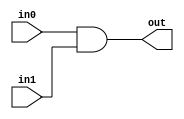
module AND(out,in0,in1);
input in0,in1;
output out;
nand(w0,in0,in1);
nand(out,w0,w0);
endmodule